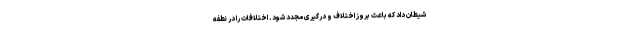
شیطان داد که باعث بروز اختلاف و درگیری مجدد شود. اختلافات را در نطفه